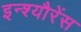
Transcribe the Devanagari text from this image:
इन्श्यौरेंस